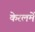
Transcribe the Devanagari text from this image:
केरलमें